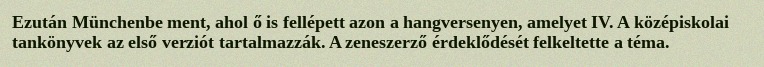
Ezután Münchenbe ment, ahol ő is fellépett azon a hangversenyen, amelyet IV. A középiskolai tankönyvek az első verziót tartalmazzák. A zeneszerző érdeklődését felkeltette a téma.